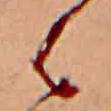
は